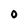
Character: O